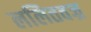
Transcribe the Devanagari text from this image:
ललितवज्र